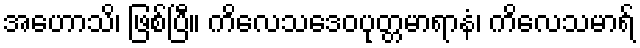
အဟောသိ၊ ဖြစ်ပြီ။ ကိလေသဒေဝပုတ္တမာရာနံ၊ ကိလေသမာရ်